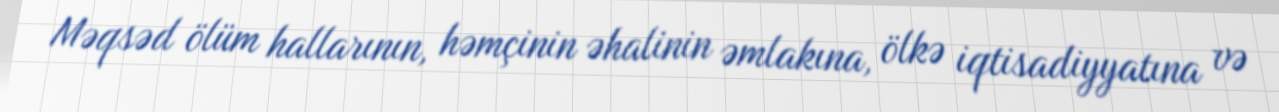
Məqsəd ölüm hallarının, həmçinin əhalinin əmlakına, ölkə iqtisadiyyatına və